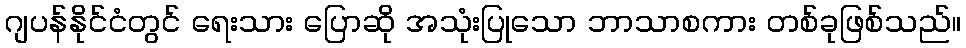
ဂျပန်နိုင်ငံတွင် ရေးသား ပြောဆို အသုံးပြုသော ဘာသာစကား တစ်ခုဖြစ်သည်။